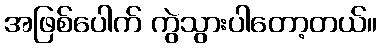
အဖြစ်ပေါက် ကွဲသွားပါတော့တယ်။